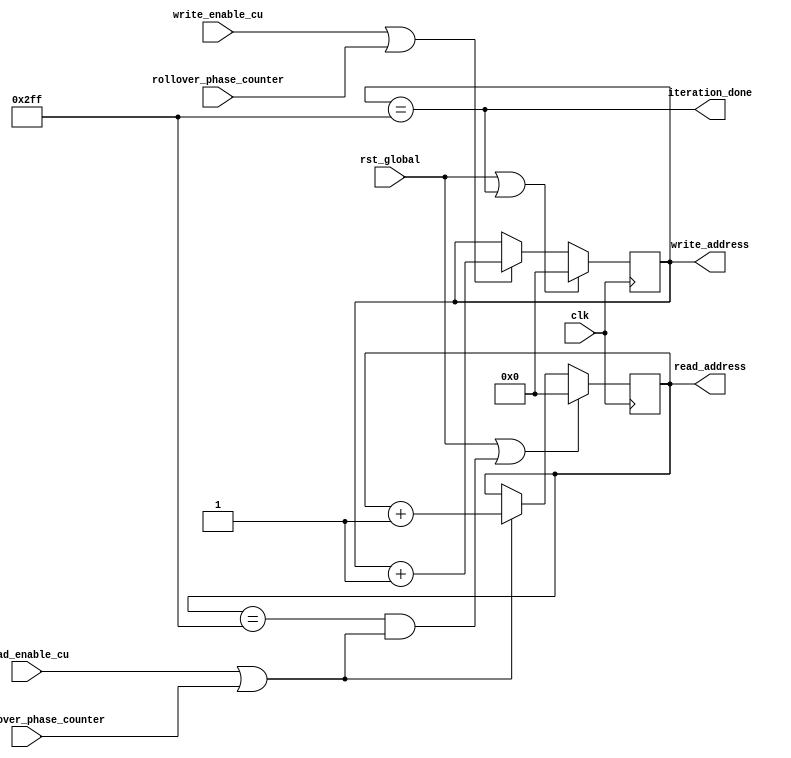
`timescale 1ns / 1ps
//////////////////////////////////////////////////////////////////////////////////
// Company: 
// Engineer: 
// 
// Design Name: 
// Module Name:    DesignAGU 
// Project Name: 
// Target Devices: 
// Tool versions: 
// Description: 
//
// Dependencies: 
//
// Revision: 
// Revision 0.01 - File Created
// Additional Comments: 
//
//////////////////////////////////////////////////////////////////////////////////
module AGU( input rst_global, clk, write_enable_cu, read_enable_cu, rollover_phase_counter,pre_rollover_phase_counter,
				output iteration_done,
				output reg [9:0] read_address, write_address ); // assumming 1024 deep DRAMs


parameter number_of_columns = 768; 				// Assuming width of 768

wire read_enable  = read_enable_cu  | pre_rollover_phase_counter;
wire write_enable = write_enable_cu | rollover_phase_counter;

wire   read_end 		 = (read_address == number_of_columns - 1);
wire  write_end 		 = (write_address == number_of_columns - 1); // when it reached last possible address

wire rst_read         = rst_global | read_end   & read_enable;
wire rst_write        = rst_global | write_end  ;//& write_enable_cu ; 

// the write address needs to be reset as soon as it reaches the end, so no need to wait for phasw counter rollover;

assign iteration_done = write_end ;//& write_enable;	
/*
always@(posedge clk)
	if(rst_global)
		iteration_done <=0;
	else
		iteration_done <= write_end & write_enable;	
*/

always@(posedge clk)
	if(rst_read)
		read_address  <= 0 ;
	else
		if(read_enable)
			read_address  <= read_address + 1 ;
		else
			read_address  <= read_address;
		
		
always@(posedge clk)
	if(rst_write)
		write_address <= 0 ;
	else
		if(write_enable)
			write_address  <= write_address + 1 ;
		else
			write_address  <= write_address;
		
		
		
endmodule